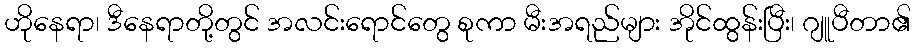
ဟိုနေရာ၊ ဒီနေရာတို့တွင် အလင်းရောင်တွေ စုကာ မီးအရည်များ အိုင်ထွန်းပြီး၊ ဂျူပီတာ၏